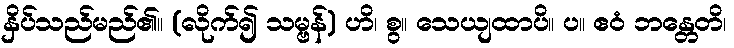
နှိပ်သည်မည်၏။ (လိုက်၍ သမ္ဗန်) ဟိ၊ စွ။ သေယျထာပိ။ ပ။ ဧဝံ ဘန္တေတိ၊